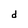
Character: d